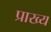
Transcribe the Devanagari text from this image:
प्राख्य